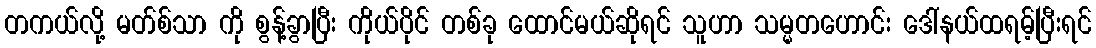
တကယ်လို့ မတ်စ်သာ ကို စွန့်ခွာပြီး ကိုယ်ပိုင် တစ်ခု ထောင်မယ်ဆိုရင် သူဟာ သမ္မတဟောင်း ဒေါ်နယ်ထရမ့်ပြီးရင်